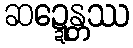
ဆဍ္ဍေန္တဿ